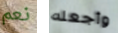
نعم وأجعله